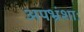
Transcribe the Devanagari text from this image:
अपभ्रंशाः